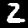
Label: 2